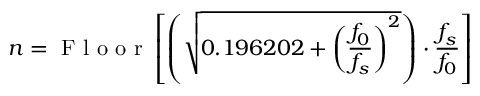
n = \mathrm { ~ F ~ l ~ o ~ o ~ r ~ } \left[ \left( \sqrt { 0 . 1 9 6 2 0 2 + \left( \frac { f _ { 0 } } { f _ { s } } \right) ^ { 2 } } \right) \cdot \frac { f _ { s } } { f _ { 0 } } \right]